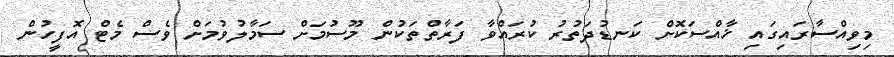
މިވިއްސާރައިގައި ޚާއްސަކޮށް ކަނޑުދަތުރު ކުރައްވާ ފަރާތްތަކުން މޫސުމަށް ސަމާލުވުމަށް ވެސް މެޓް އޮފީހުން